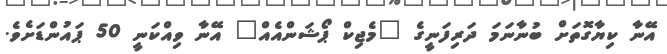
އޭނާ ކިޔާގޮތަށް ބުނާނަމަ ދަރިފަނީގެ "މެޖިކް ޕޯޝަންއެއް" އޭނާ ވިއްކަނީ 50 ޕައުންޑަށެވެ.